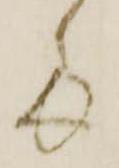
多